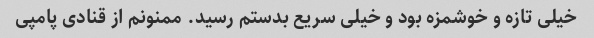
خیلی تازه و خوشمزه بود و خیلی سریع بدستم رسید. ممنونم از قنادی پامپی